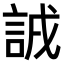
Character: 𧧐